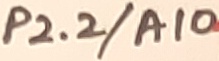
Text: P2.2/A10